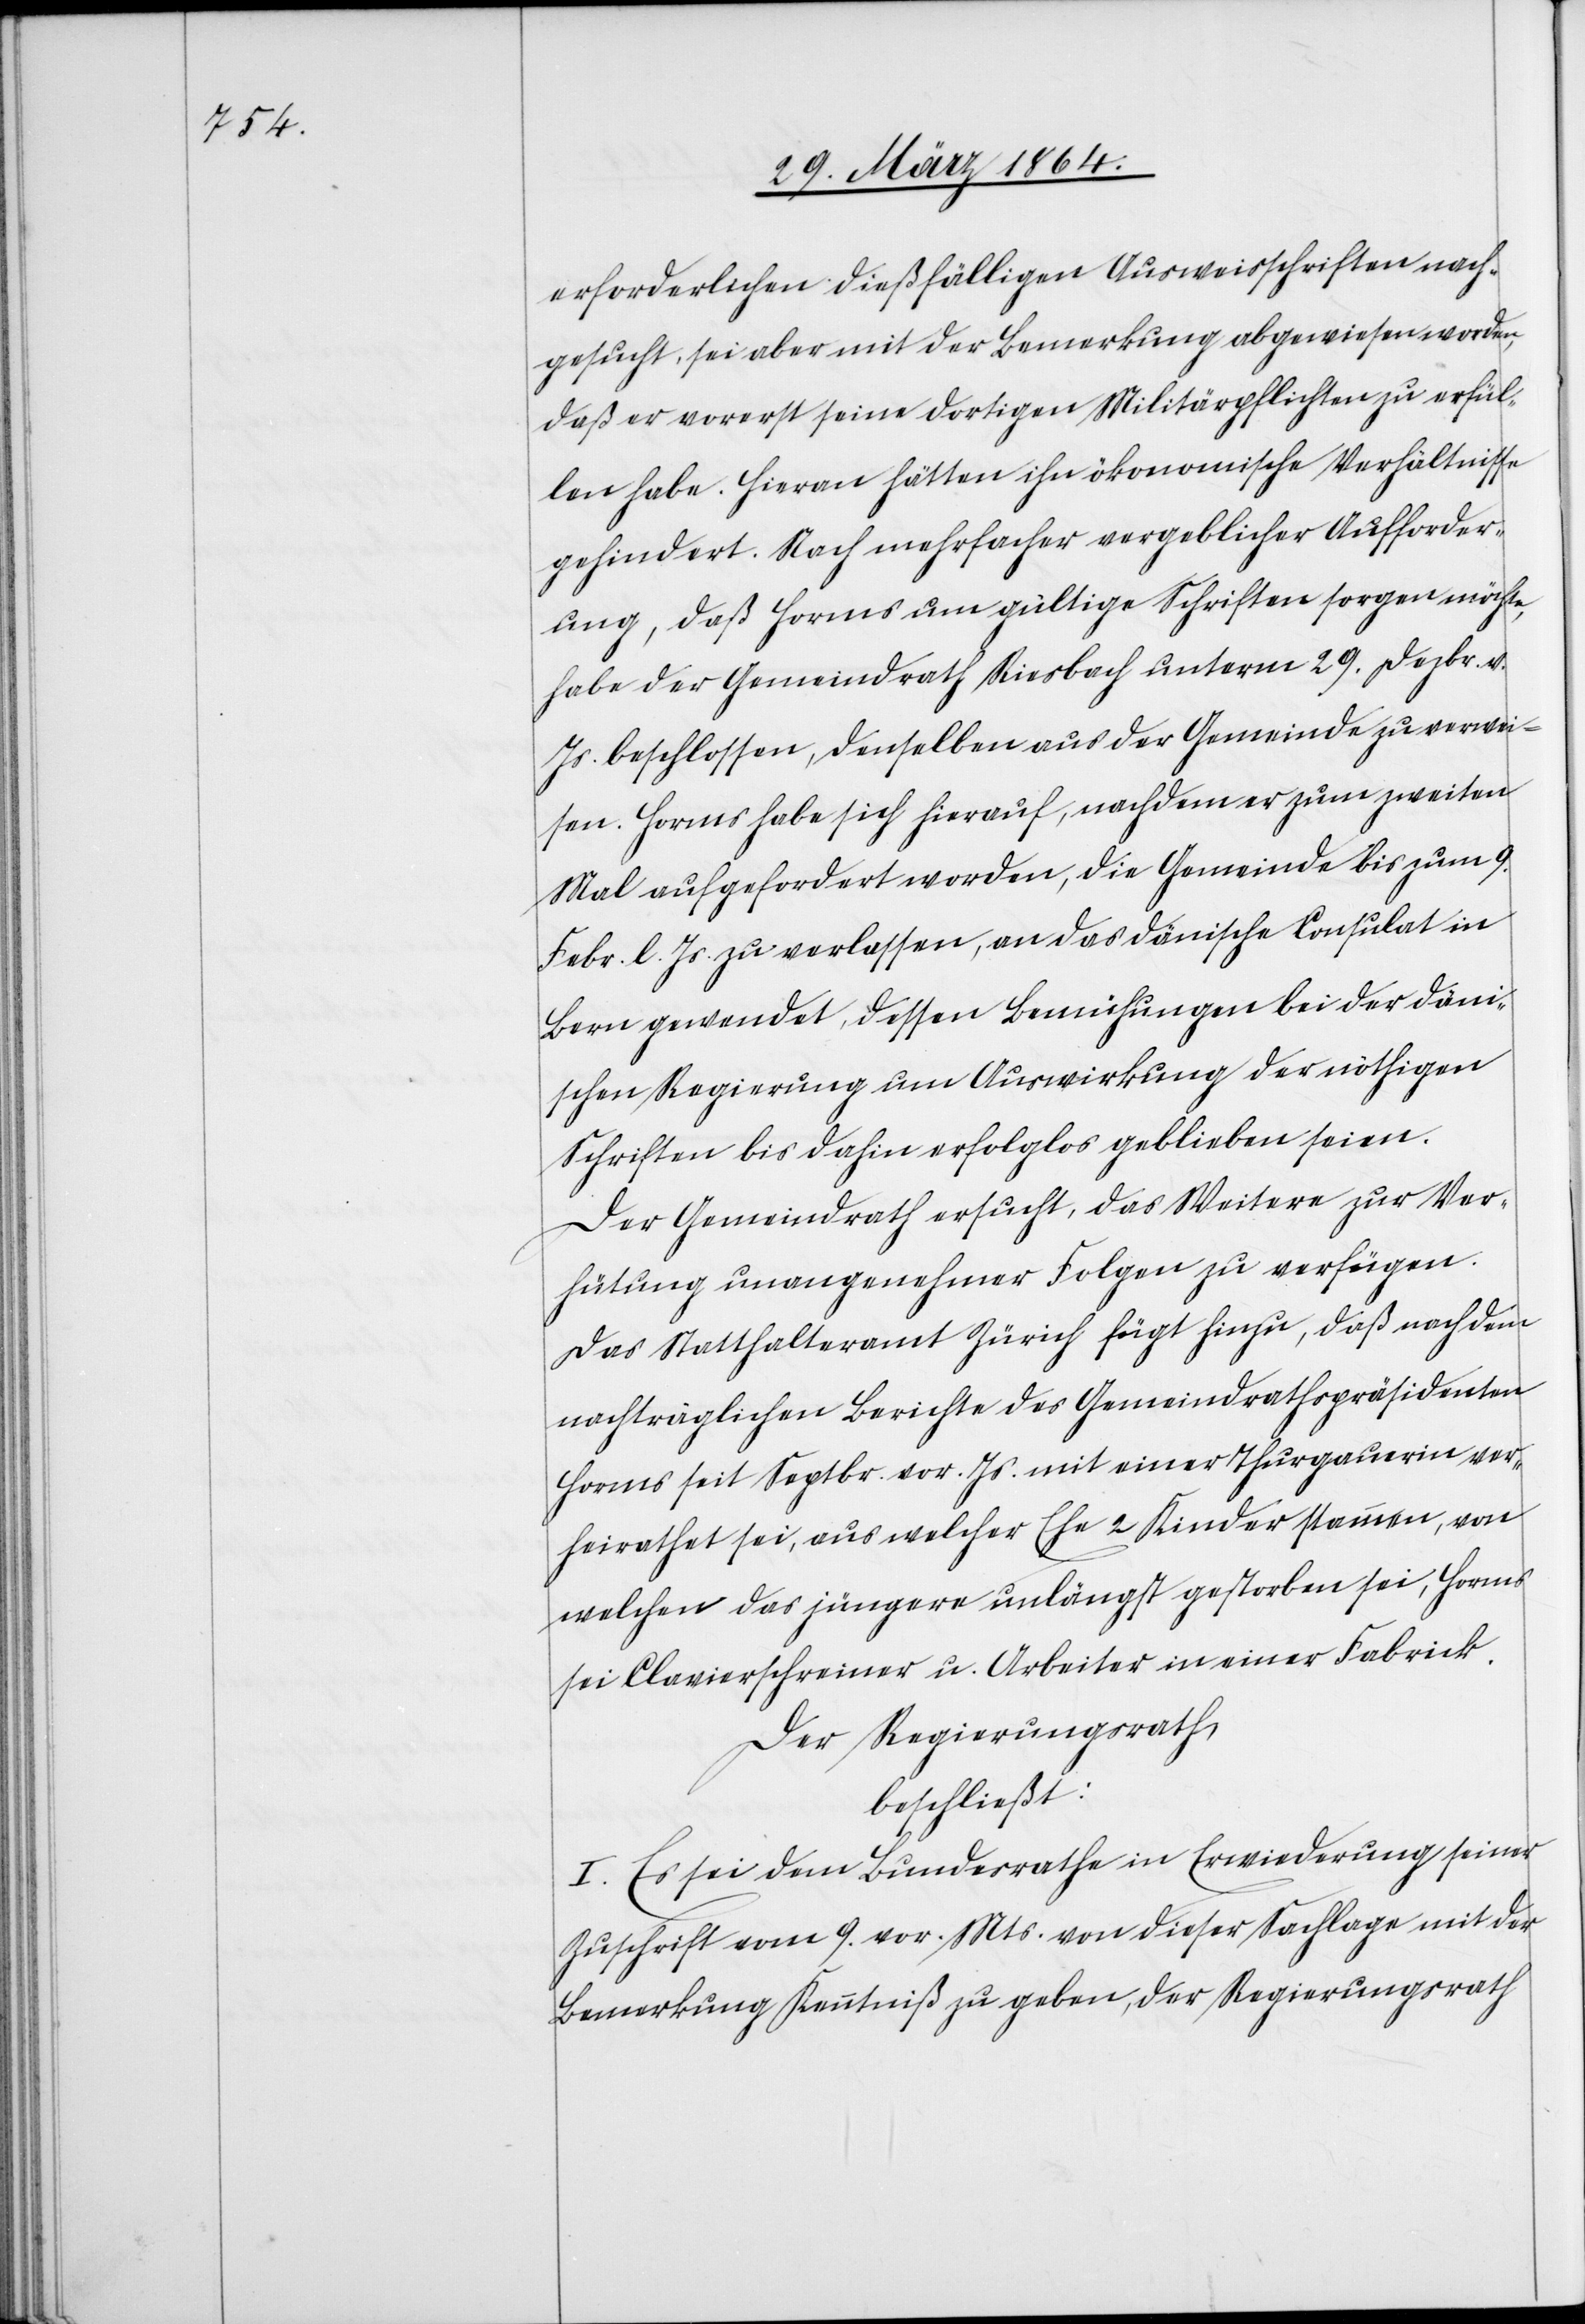
erforderlichen dießfälligen Ausweisschriften nach¬
gesucht, sei aber mit der Bemerkung abgewiesen worden,
daß er vorerst seine dortigen Militärpflichten zu erfül¬
len habe. Hievon hätten ihn ökonomische Verhältnisse
gehindert. Nach mehrfacher vergeblicher Aufforder¬
ung, daß Horms um gültige Schriften sorgen möchte,
habe der Gemeindrath Riesbach unterm 29. Dezbr. v.
Js. beschlossen, denselben aus der Gemeinde zu verwei¬
sen. Horms habe sich hierauf, nachdem er zum zweiten
Mal aufgefordert worden, die Gemeinde bis zum 9.
Febr. l. Js. zu verlassen, an das dänische Consulat in
Bern gewendet, dessen Bemühungen bei der däni¬
schen Regierung um Auswirkung der nöthigen
Schriften bis dahin erfolglos geblieben seien.
Der Gemeindrath ersucht, das Weitere zur Ver¬
hütung unangenehmer Folgen zu verfügen.
Das Statthalteramt Zürich fügt hinzu, daß nach dem
nachträglichen Berichte des Gemeindrathspräsidenten
Horms seit Septbr. vor. Js. mit einer Thurgauerin ver¬
heirathet sei, aus welcher Ehe 2 Kinder stammen, von
welchen das jüngere unlängst gestorben sei, Horms
sei Clavierschreiner u. Arbeiter in einer Fabrick.
Der Regierungsrath,
beschließt:
I. Es sei dem Bundesrathe in Erwiederung seiner
Zuschrift vom 9. vor. Mts. von dieser Sachlage mit der
Bemerkung Kenntniß zu geben, der Regierungsrath